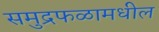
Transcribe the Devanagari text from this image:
समुद्रफळामधील